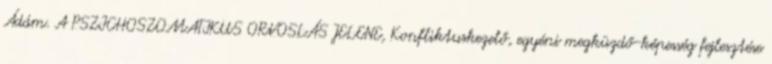
Ádám. A PSZICHOSZOMATIKUS ORVOSLÁS JELENE, Konfliktuskezelő, egyéni megküzdő-képesség fejlesztése